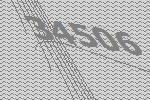
34506